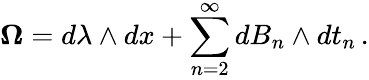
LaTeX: {\mathbf\Omega}=d\lambda\wedge dx+\sum_{n=2}^{\infty}dB_{n}\wedge dt_{n}\, .